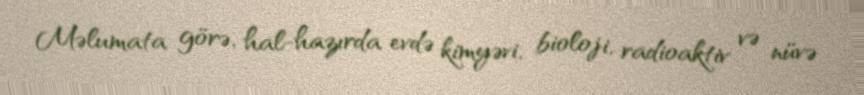
Məlumata görə, hal-hazırda evdə kimyəvi, bioloji, radioaktiv və nüvə